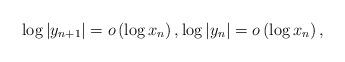
LaTeX: \begin{align*}\log\left\vert y_{n+1}\right\vert =o\left( \log x_{n}\right) ,\log\left\vert y_{n}\right\vert =o\left( \log x_{n}\right) , \end{align*}